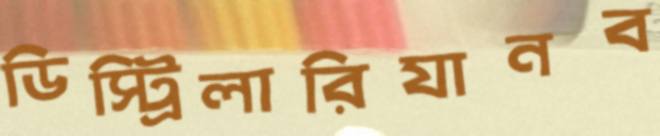
ডিস্ট্রিলারিযানব